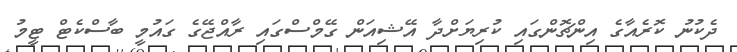
ދެކުނު ކޮރެއާގެ އިންޗޮންގައި ކުރިޔަަށްދާ އޭޝިއަން ގޭމްސްގައި ރާއްޖޭގެ ގައުމީ ބާސްކެޓް ޓީމު